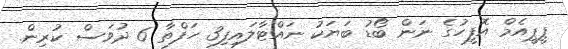
ޕީޕީއެމް އޮފީހުގެ ނަން ބޯޑު ބަޔަކު ނައްޓާލައިފި3 ހަފްތާ 6 ދުވަސް ކުރިން.